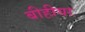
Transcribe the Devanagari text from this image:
बीहीया